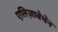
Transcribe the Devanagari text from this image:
एलिज़ाबेथेन